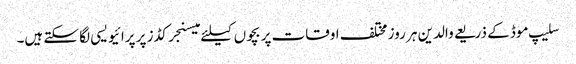
سلیپ موڈ کے ذریعے والدین ہر روز مختلف اوقات پر بچوں کیلئے میسنجر کڈز پر پرائیویسی لگا سکتے ہیں۔